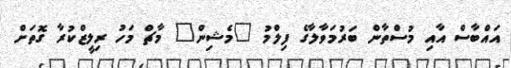
އައްބާސް އާއި މުސްތާން ބަރުމަވާލާގެ ފިލްމު "މެޝިން" މާޗް މަހު ރިލީޒްކުރާ ގޮތަށް